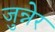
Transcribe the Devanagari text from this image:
जुन्नेर